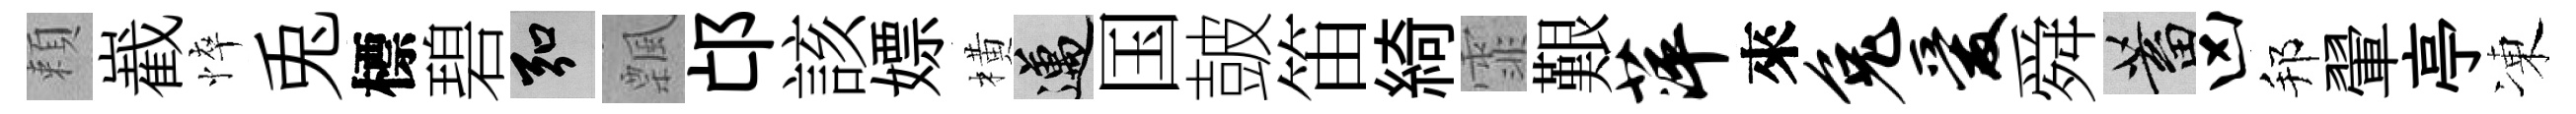
頼嶻悴兎標碧弘飄邙該嫖橫邁国皷笛綺霏艱萍來兔爱舜蓄凶邦翬亭凍